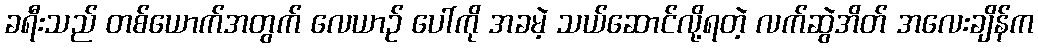
ခရီးသည် တစ်ယောက်အတွက် လေယာဉ် ပေါ်ကို အခမဲ့ သယ်ဆောင်လို့ရတဲ့ လက်ဆွဲအိတ် အလေးချိန်က